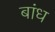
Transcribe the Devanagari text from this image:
बांध्‍ा